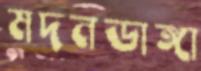
মদনডাঙ্গা